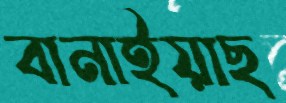
বানাইয়াছ